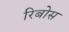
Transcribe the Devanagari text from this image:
रिबोस